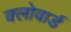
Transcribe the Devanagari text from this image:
क्लोवार्ड